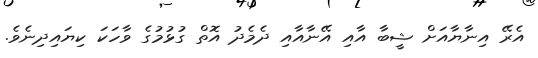
އެރޭ އިނާޔާއަށް ޝީބާ އާއި އޭނާއާއި ދެމެދު އޮތް ގުޅުމުގެ ވާހަކަ ކިޔައިދިނެވެ.